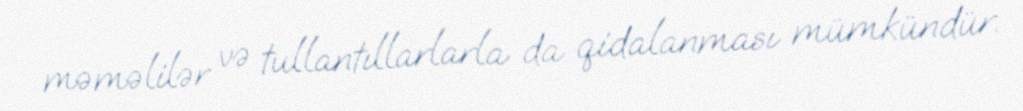
məməlilər və tullantıllarlarla da qidalanması mümkündür.